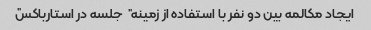
ایجاد مکالمه بین دو نفر با استفاده از زمینه "جلسه در استارباکس"